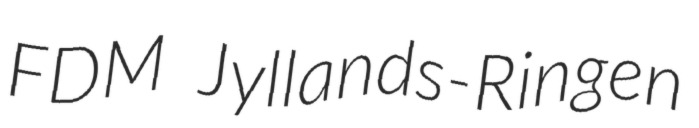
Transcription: FDM Jyllands-Ringen